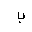
Letter: _ba